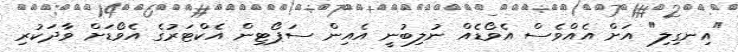
"އިނގިލި" އަށް އެއްވެސް އެވޯޑެއް ނުލިބުނީ އެއިން ސަޕޯޓިން އެކްޓަރުގެ އެވޯޑަށް ވާދަކުރި